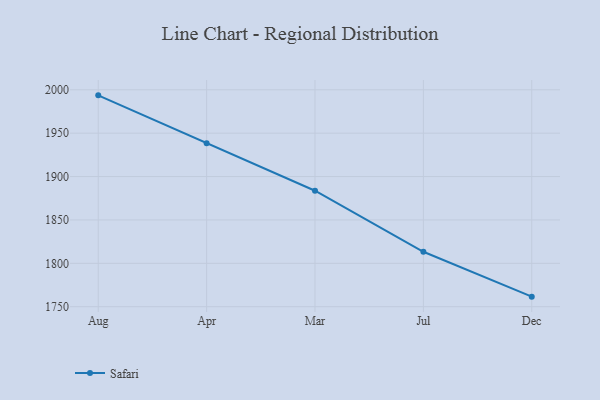
{"axis": {"x": "Month", "y": "Website Visitors"}, "legend": ["Safari"], "data": [{"x": "Aug", "y": 1993.6, "type": "Safari"}, {"x": "Apr", "y": 1938.5, "type": "Safari"}, {"x": "Mar", "y": 1883.7, "type": "Safari"}, {"x": "Jul", "y": 1813.3, "type": "Safari"}, {"x": "Dec", "y": 1761.6, "type": "Safari"}]}